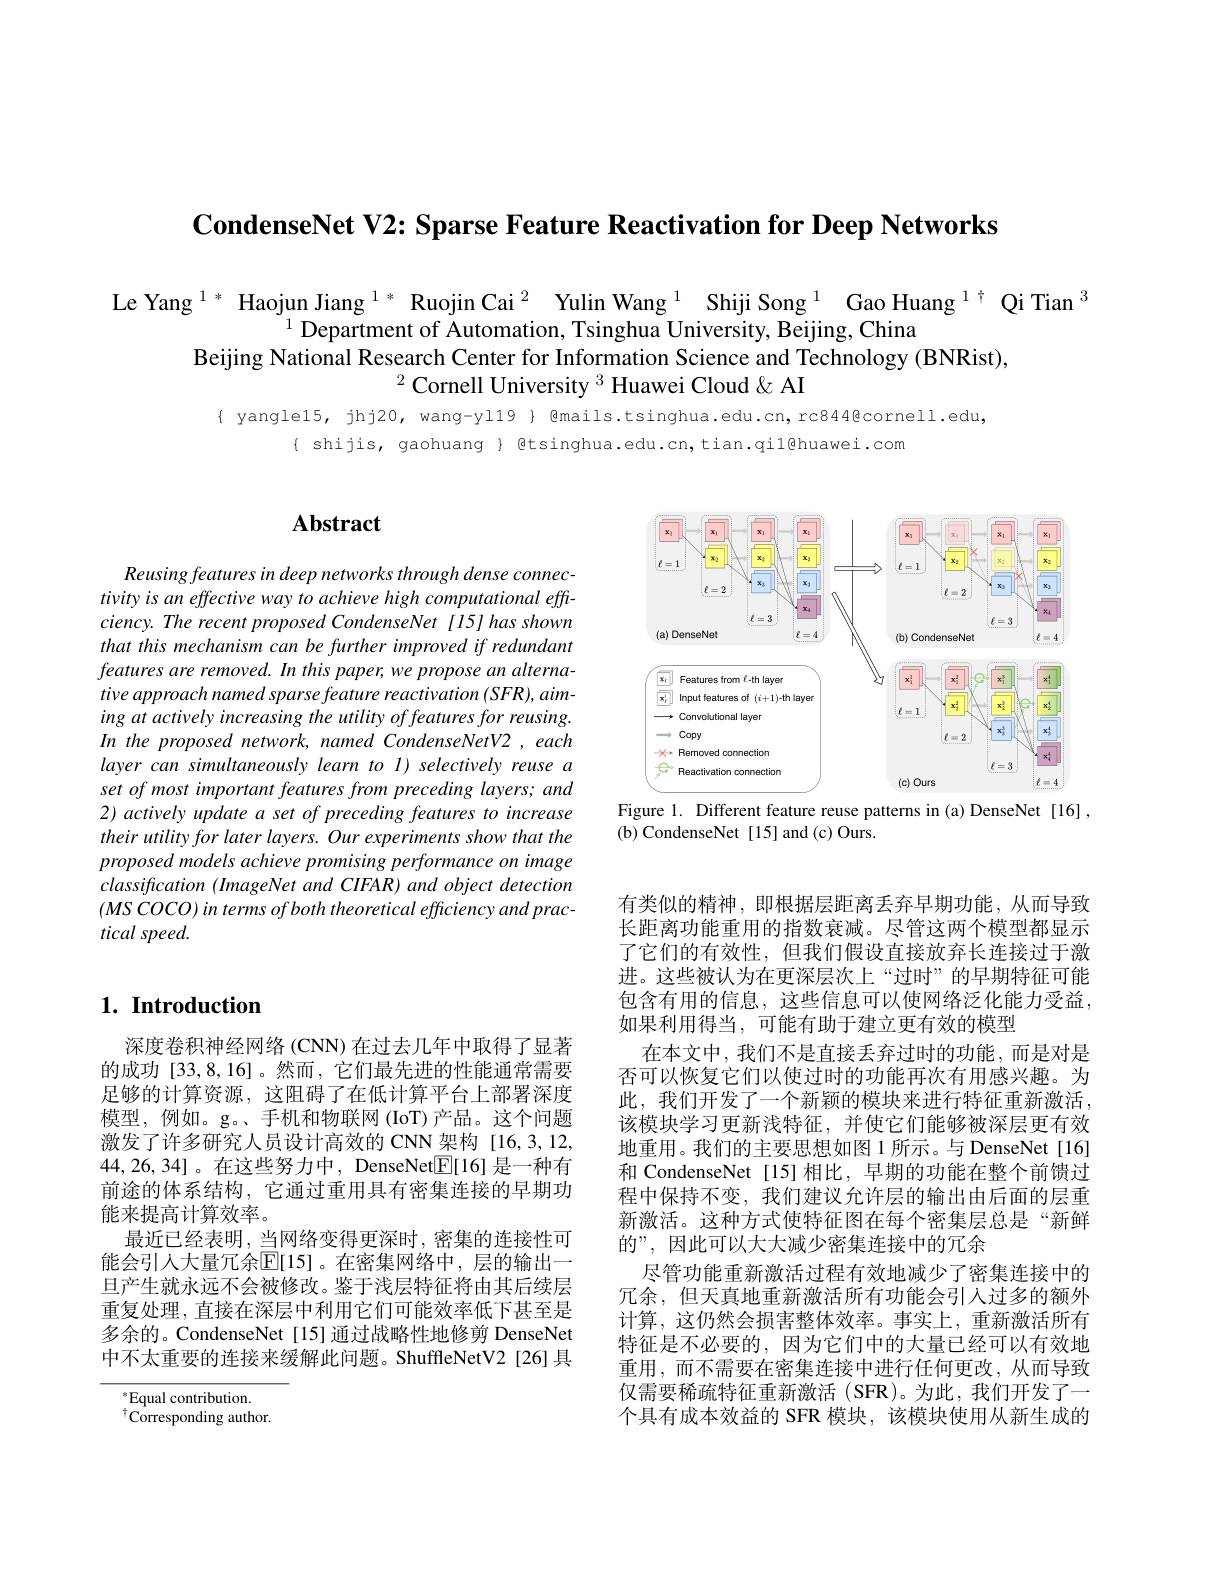
CondenseNet V2: Sparse Feature Reactivation for Deep Networks

$\begin{array}{c}{\text{Le Yang }^{1*}\text{ Haojun Jiang }^{1*}\text{ Ruojin Cai }^{2}\text{ Yulin Wang }^{1}\text{ Shiji Song }^{1}\text{ Gao Huang }^{1\dagger}\text{ Qi Tian }^{3}}\\{^{1}\text{Department of Automation, Tsinghua University, Beijing, China}}\end{array}$
Beijing National Research Center for Information Science and Technology (BNRist),
$^{2}$Cornell University $^3$ Huawei Cloud&AI

{ yangle15, jhj20, wang-yl19} { @mails.tsinghua.edu.cn, rc844@cornell.edu,
$\{ shijis, gaohuang @tsinghua.edu.cn, tian.qil@huawei.com$

# Abstract

Reusing features in deep networks through dense connectivity is an effective way to achieve high computational effciency. The recent proposed CondenseNet [15] has shown that this mechanism can be further improved if redundant features are removed. In this paper, we propose an alternative approach named sparse feature reactivation (SFR), aiming at actively increasing the utility of features for reusing. In the proposed network, named CondenseNetV2, each layer can simultaneously learn to l) selectively reuse a set of most important features from preceding layers; and 2) actively update a set of preceding features to increase their utility for later layers. Our experiments show that the proposed models achieve promising performance on image $classification~(ImageNet~and~CIFAR)~and~object~detection$ $(MSCOCO)in$ terms of both theoretical efficiency and practical speed.

# $1. \textbf{Introduction}$

深度卷积神经网络 (CNN) 在过去几年中取得了显著的成功 [33,8,16]。然而，它们最先进的性能通常需要足够的计算资源，这阻碍了在低计算平台上部署深度模型，例如。g。、手机和物联网(IoT)产品。这个问题激发了许多研究人员设计高效的 CNN 架构 [16,3,12, 44,26,34]。在这些努力中，DenseNet$\underline{\mathrm{E}}[16]$ 是一种有前途的体系结构，它通过重用具有密集连接的早期功能来提高计算效率。
最近已经表明，当网络变得更深时，密集的连接性可能会引人大量冗余$\overline{\mathbb{E}}[15]$。在密集网络中，层的输出一旦产生就永远不会被修改。鉴于浅层特征将由其后续层重复处理，直接在深层中利用它们可能效率低下甚至是多余的。CondenseNet[15]通过战略性地修剪 DenseNet 中不太重要的连接来缓解此问题。ShuffleNetV2[26]具

$^*$Equal contribution. $^{\dagger}{\mathrm{Corresponding~author.}}$

<FigureHere>
Figure 1. Different feature reuse patterns in (a) DenseNet [16] ,

( b) CondenseNet [ 15] and ( c) Ours.

有类似的精神，即根据层距离丢弃早期功能，从而导致长距离功能重用的指数衰减。尽管这两个模型都显示了它们的有效性，但我们假设直接放弃长连接过于激进。这些被认为在更深层次上“过时”的早期特征可能包含有用的信息，这些信息可以使网络泛化能力受益， 如果利用得当，可能有助于建立更有效的模型
在本文中，我们不是直接丢弃过时的功能，而是对是否可以恢复它们以使过时的功能再次有用感兴趣。为此，我们开发了一个新颖的模块来进行特征重新激活该模块学习更新浅特征，并使它们能够被深层更有效地重用。我们的主要思想如图 1 所示。与 DenseNet[16] 和 CondenseNet [15]相比，早期的功能在整个前馈过程中保持不变，我们建议允许层的输出由后面的层重新激活。这种方式使特征图在每个密集层总是“新鲜的”,因此可以大大减少密集连接中的冗余
尽管功能重新激活过程有效地减少了密集连接中的冗余，但天真地重新激活所有功能会引人过多的额外计算，这仍然会损害整体效率。事实上，重新激活所有特征是不必要的，因为它们中的大量已经可以有效地重用，而不需要在密集连接中进行任何更改，从而导致仅需要稀疏特征重新激活 (SFR)。为此，我们开发了一个具有成本效益的 SFR 模块，该模块使用从新生成的